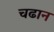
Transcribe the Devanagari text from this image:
चढान